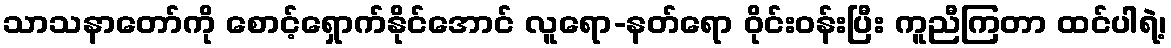
သာသနာတော်ကို စောင့်ရှောက်နိုင်အောင် လူရော-နတ်ရော ဝိုင်းဝန်းပြီး ကူညီကြတာ ထင်ပါရဲ့၊